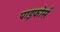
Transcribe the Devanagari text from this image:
पाइफोर्स